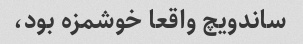
ساندویچ واقعا خوشمزه بود،